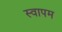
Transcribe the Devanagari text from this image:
स्वापम